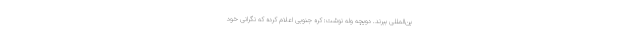
ین‌المللی ببرند. دویچه وله نوشت: کره جنوبی اعلام کرده که نگرانی خود